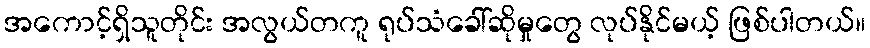
အကောင့်ရှိသူတိုင်း အလွယ်တကူ ရုပ်သံခေါ်ဆိုမှုတွေ လုပ်နိုင်မယ့် ဖြစ်ပါတယ်။